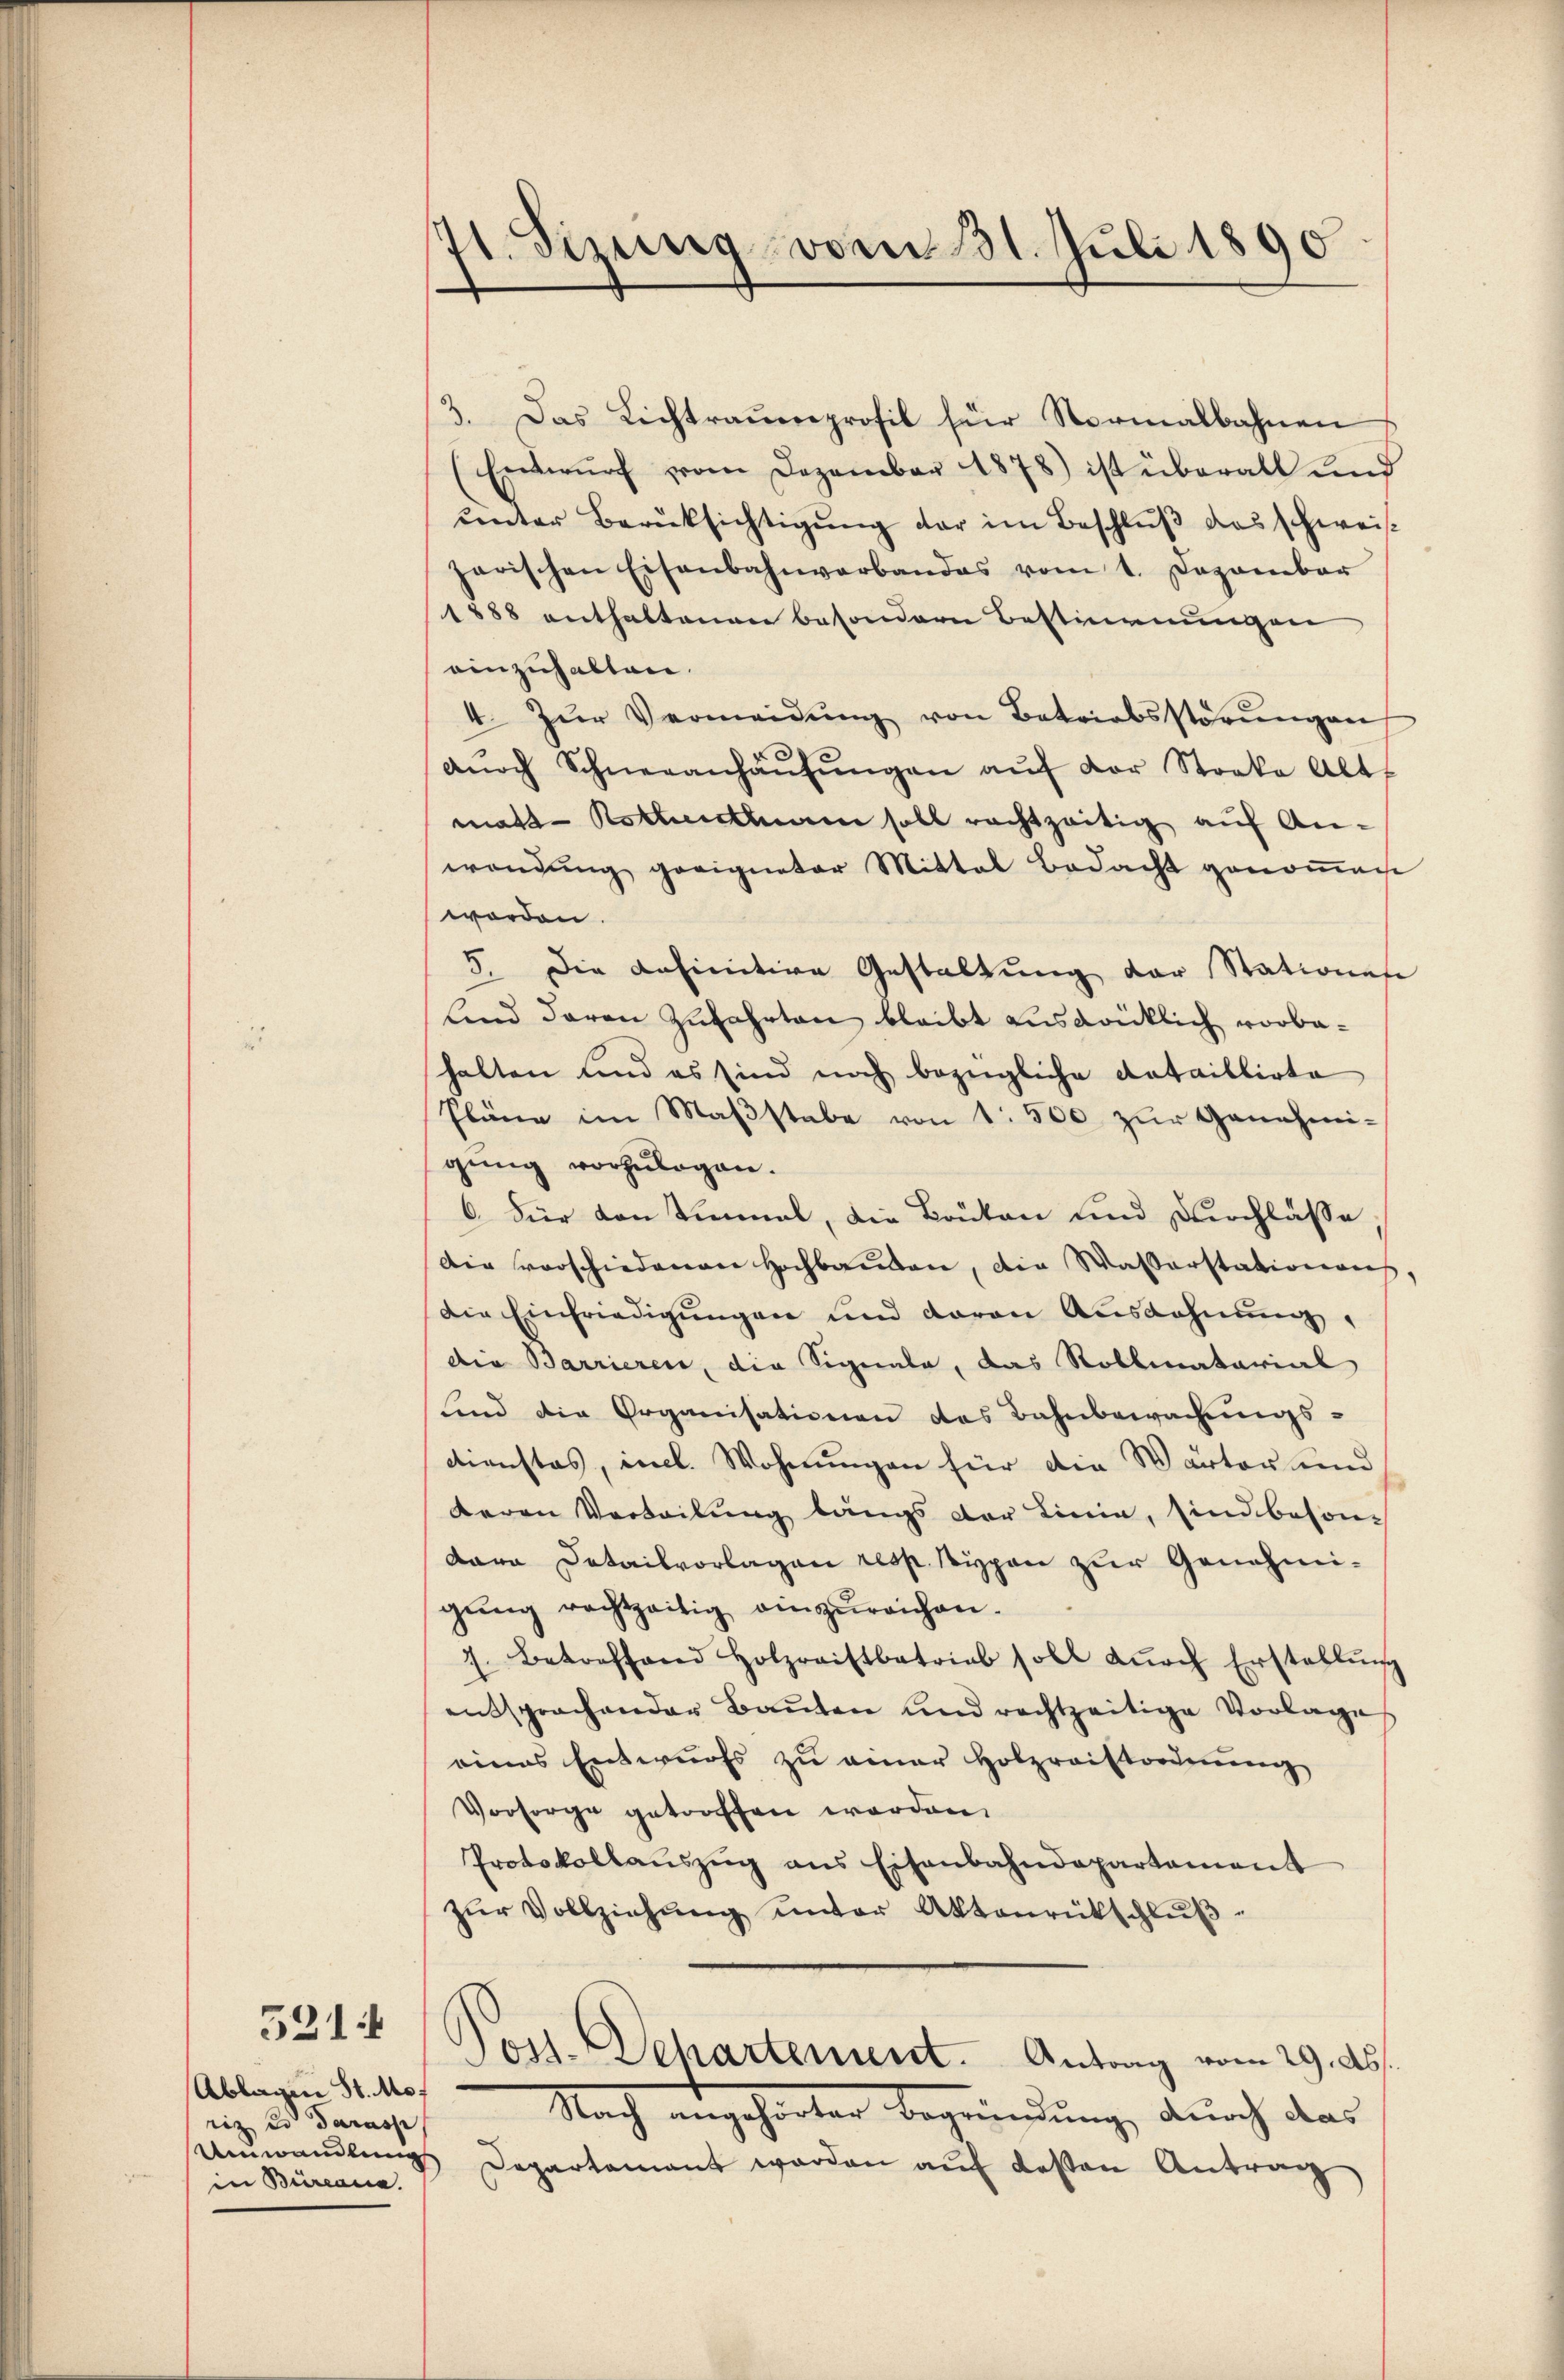
Ablagen St. Moriz es darasp
in Biana

521 f

41. Sirung vom 31. Juli 1890

3. Das Lichtraumprofil für Normalbahnen
(Entwŭrf vom Dezember 1878) ist überall und
unter Berücksichtigung der im Beschluß das schweis
zarischen Eisenbahnverbandes vom 1. Dezember
1888 enthaltenen besondern Bestimmungen
ainzuhalten.
4. Zŭr Vermeidŭng von Betriebsstörŭngen
dŭrch Schneeanhäŭsŭngen aŭf der Stocke Alts
matt. Kothischen soll rachtzeitig auf An-
wendung geeigneter Mittel Bedacht genommen
worden.
5. Die anfinitive Gestaltung der Stationes
Lind daran zufahrten bleibt ausdrücklich vorbahalten und es sind noch bezeigliche dataillirte
Pläne im Maβstabe von 1 500 zŭr Genehmi-
gung vorzulegen.
6. Für von Einmal, die Brüten und Durchlässe
Die vorschiedenen Hochbauben, die Wasserstationen
die Einfriedigungen und daran Ausdehnung,
die Barrieren, die Signale, das Roblmatarial
Lind die Organisationen des Bahnbewachungs-
dienstes, incl. Wohnungen für die Wärter und
deren Verteilung längs der Linie, sind beson-
Bara Detailvorlagen resp. Typen zur Genehmigŭng rechtzeitig einzŭreichen¬
7. Betreffend Holzraistbetrieb soll dŭrch Erstellŭng
entsprochender Bauten und rechtzeitige Vorlage
eines Entwurfs zu einer Holzraistordnung
Vorsorge getroffen worden.
Protokollaŭszŭg ans Eisenbahndepartament
zŭr Vollziehŭng ŭnter Aktenrückschlŭβ-
Pos. Departement. Antrag vom 29. Abs.
Nach angehörten Begründung, durch das
Anwandlŭngs Departamant werden aŭf dessen Antrag